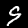
Label: 9